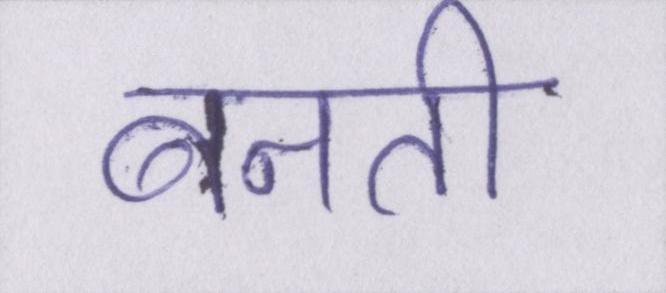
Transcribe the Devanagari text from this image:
बनती